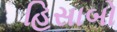
હિસાબો